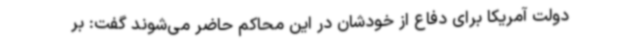
دولت آمریکا برای دفاع از خودشان در این محاکم حاضر می‌شوند گفت: بر